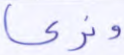
ونري